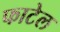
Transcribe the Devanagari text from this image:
फाटेल